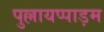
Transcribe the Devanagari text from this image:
पुल्लायप्पाड़म